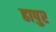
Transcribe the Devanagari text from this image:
हापुर